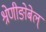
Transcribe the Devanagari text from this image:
श्रेणीङोबेल्